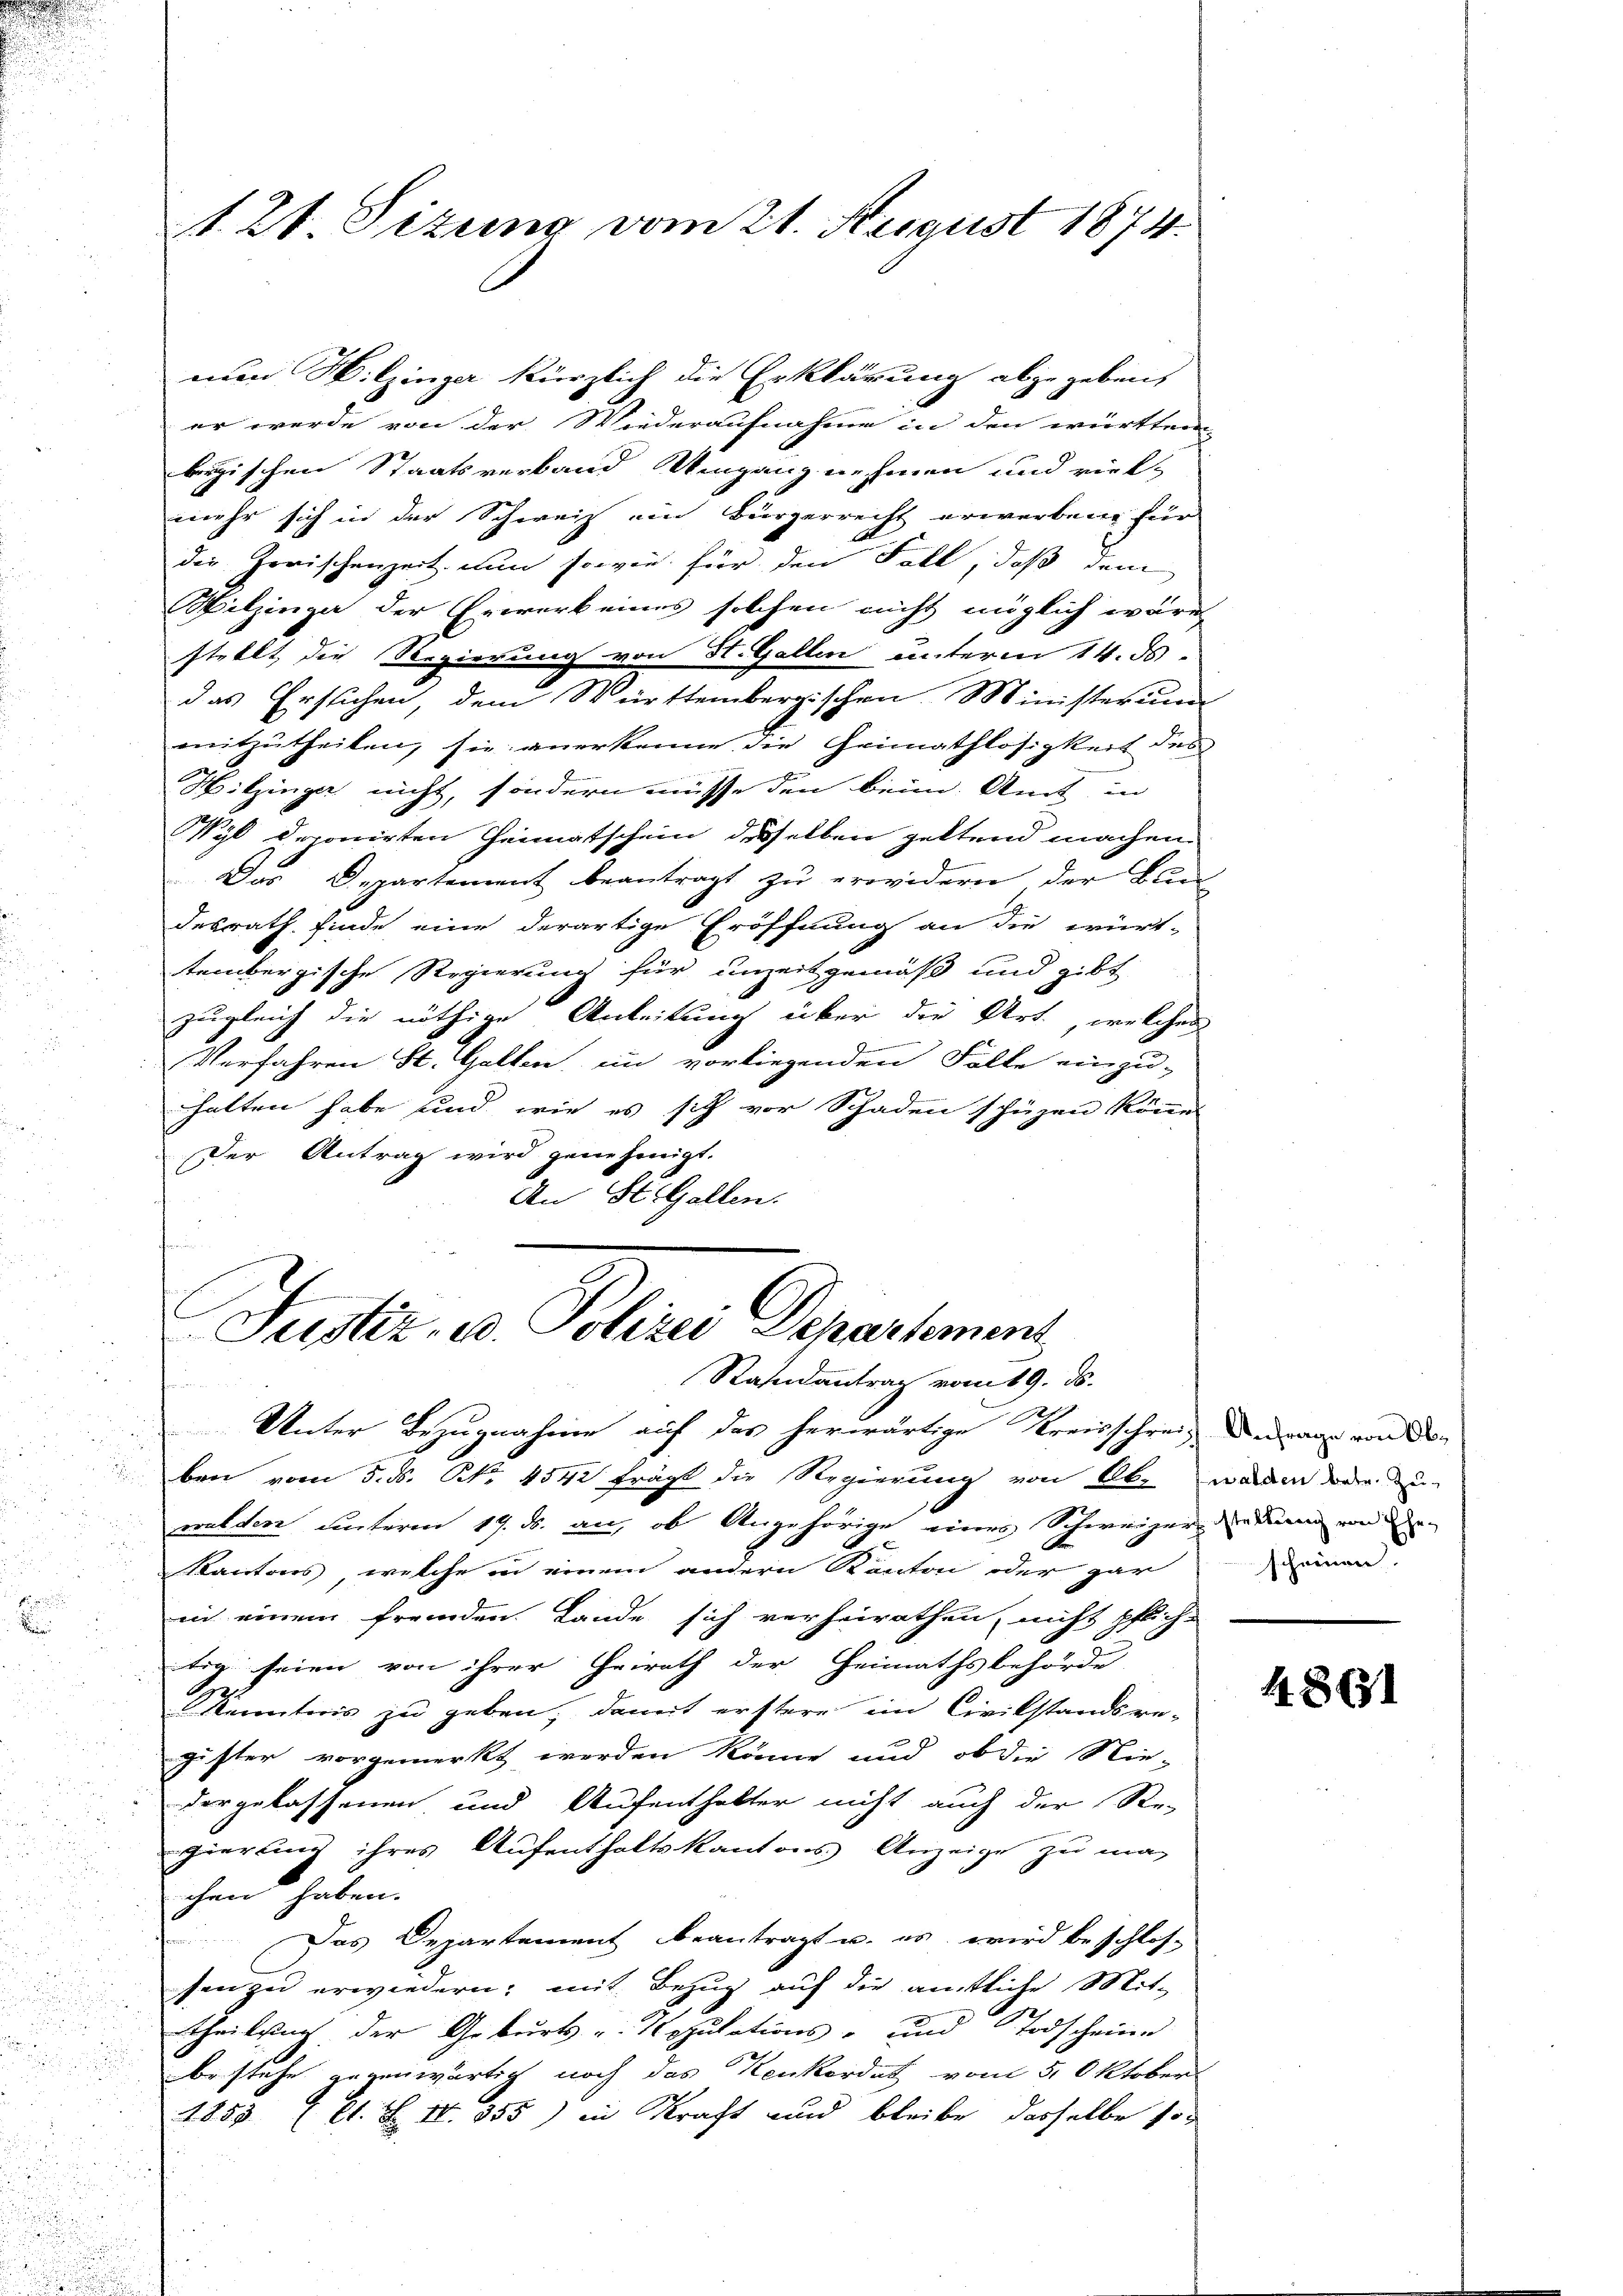
nuen Wilzinge kürzlich die Erklärung abzugeben,
er werde von der Wiederaufnahme in den württem
bergischen Staatsverband Umgang nehmen und viel-
mehr sich in der Schweiz ein Bürgerrecht erwerben für
die horischenzeit. Nun sowie für den Fall, daß dem
Wilzinga der Erwerk eines solchen nicht möglich wäre
stellt, die Regierung von St. Gallen unterm 14. ds.
das Ersuchen, dem Württembergischen Ministerium
mitzutheilen, sie anerkenne die Heimathlosigkeit des
Mitzinger nicht, sondern müsse den beim Amt in
Wyl deponirten Heimatschein desselben geltend machen.
Das Departement beantragt zu erwidern der Bun
desrath finde eine derartige Eröffnung an die wirt-
tembergische Regierung für unzeitgemäß und gibt
zugleich die nöthige Anleitung über die Art, welches
Verfahren St. Gallen, in vorliegenden Falle einzu-
halten habe und wie es sich vor Schaden schüzen könne
Der Antrag wird genehmigt.
An Stilfallen.
f

A. 2t. Sizung vom 21. August 1874.

E
Justiz, u. Polizei Departement
Randantrag vom 19. ds.
Unter Bezugnahme auf das herwärtige Kreisschrei¬ dedans von den

ben vom 5. ds. No. 4542 frägt die Regierung von Ab-
walden unterm 19. d. an, ob Angehörige eines Schweizer den kann von de
Kantons, welche in einem andern Kanton oder gar
in einem fremden Lande sich verheirathen, nicht pflich-
teg. seien von ihrer Heirath der Heimathsbehörde
Kuratoris zu geben, damit erstere im Civilstandsre-
gister vorgemerkt werden könne und ob die Nie-
dergelassenen und Aufenthalter nicht auch der Re-
gierung ihres Aufenthaltskantons Anzeige zu ma-
chen haben.
Das Departement beantragt u. es wird beschlos-
sen zu erwiedern, mit Bezug auf die amtliche Mit-
theilung der Geburts u. Kopulations- und Todscheine
bestehe gegenwärtig noch das Kenkordat vom 5. Oktober
1855 (lt. S. II. 355) in Kraft und bleibe desselbe so

walden betr. Zuschneien.

1861